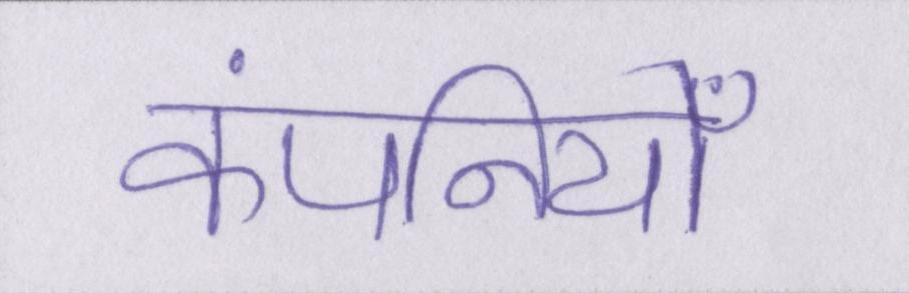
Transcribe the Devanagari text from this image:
कंपनियोँ